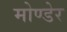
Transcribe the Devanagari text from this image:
मोण्डेर